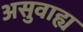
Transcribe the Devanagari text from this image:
असुवाह्य